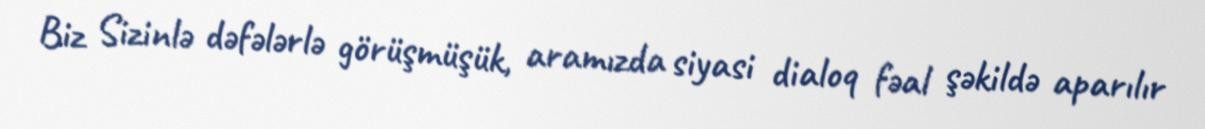
Biz Sizinlə dəfələrlə görüşmüşük, aramızda siyasi dialoq fəal şəkildə aparılır